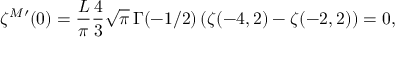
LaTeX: \zeta ^ { M \prime } ( 0 ) = \frac { L } { \pi } \frac 4 3 \sqrt { \pi } \, \Gamma ( - 1 / 2 ) \left( \zeta ( - 4 , 2 ) - \zeta ( - 2 , 2 ) \right) = 0 ,